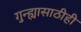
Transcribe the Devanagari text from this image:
गुन्ह्यासाठीही